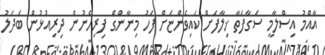
އާއްމު އިސްލާމީ ސަގާފަތާ ޚިލާފަށް ކައިވެންޏަށް ފަހު މިނާންގް ފިރިހެނުން ދިރިއުޅުން ބަދަލު